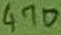
Text: 470